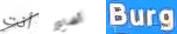
أنت أضاع Burg